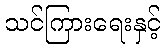
သင်ကြားရေးနှင့်